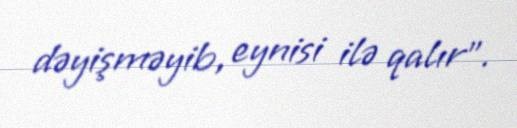
dəyişməyib, eynisi ilə qalır”.